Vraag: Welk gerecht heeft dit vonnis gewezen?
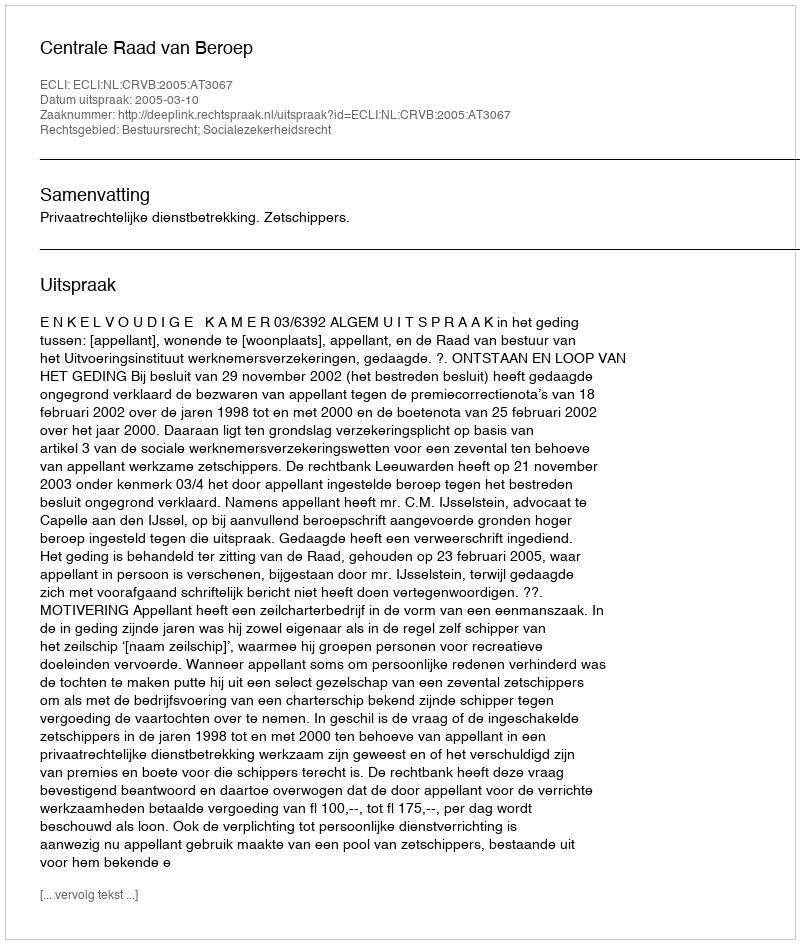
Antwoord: Centrale Raad van Beroep